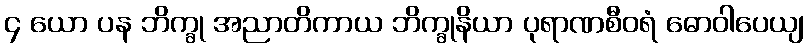
၄ ယော ပန ဘိက္ခု အညာတိကာယ ဘိက္ခုနိယာ ပုရာဏစီဝရံ ဓောဝါပေယျ